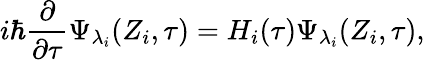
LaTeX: i\hbar\frac\partial{\partial\tau}\Psi_{\lambda_{i}}(Z_{i},\tau)=H_{i}(\tau)\Psi_{\lambda_{i}}(Z_{i},\tau),